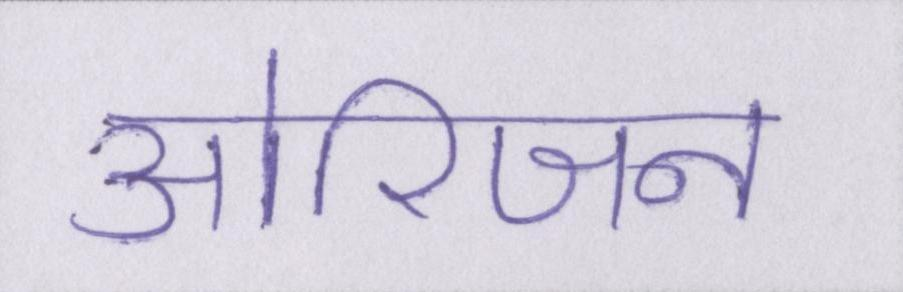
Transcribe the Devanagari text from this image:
ओरिजन